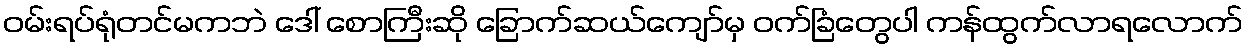
ဝမ်းရပ်ရုံတင်မကဘဲ ဒေါ် စောကြီးဆို ခြောက်ဆယ်ကျော်မှ ဝက်ခြံတွေပါ ကန်ထွက်လာရလောက်